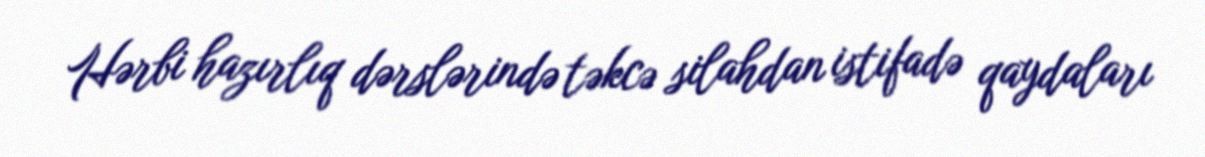
Hərbi hazırlıq dərslərində təkcə silahdan istifadə qaydaları